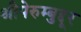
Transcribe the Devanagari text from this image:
श्रीपेरुम्बुद्दूर